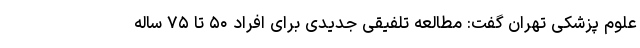
علوم پزشکی تهران گفت: مطالعه تلفیقی جدیدی برای افراد ۵۰ تا ۷۵ ساله